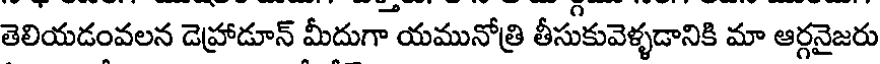
తెలియడంవలన డెహ్రాడూన్ మీదుగా యమునోత్రి తీసుకువెళ్ళడానికి మా ఆర్గనైజరు